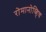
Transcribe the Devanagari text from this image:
रोमानोव्हिच